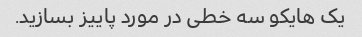
یک هایکو سه خطی در مورد پاییز بسازید.